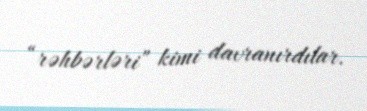
“rəhbərləri” kimi davranırdılar.